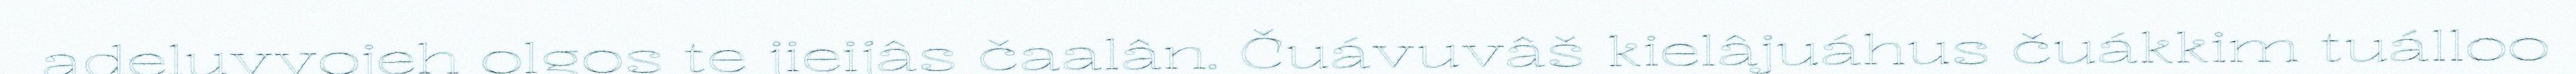
adeluvvojeh olgos te jieijâs čaalân. Čuávuvâš kielâjuáhus čuákkim tuálloo